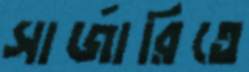
সার্জারিতে